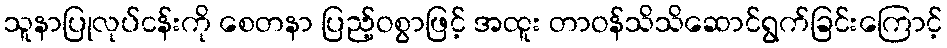
သူနာပြုလုပ်ငန်းကို စေတနာ ပြည့်ဝစွာဖြင့် အထူး တာဝန်သိသိဆောင်ရွက်ခြင်းကြောင့်